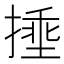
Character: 𪮜